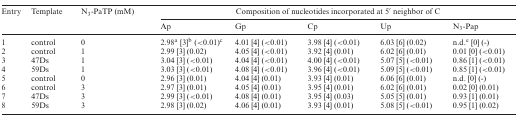
<table><thead><tr><td><b>Entry</b></td><td><b>Template</b></td><td><b>N<sub>3</sub>-PaTP (mM)</b></td><td colspan="5"><b>Composition of nucleotides incorporated at 5′ neighbor of C</b></td></tr><tr><td></td><td></td><td></td><td><b>Ap</b></td><td><b>Gp</b></td><td><b>Cp</b></td><td><b>Up</b></td><td><b>N<sub>3</sub>-Pap</b></td></tr></thead><tbody><tr><td>1</td><td>control</td><td>0</td><td>2.98<sup>a</sup> [3]<sup>b</sup> (&lt;0.01)<sup>c</sup></td><td>4.01 [4] (&lt;0.01)</td><td>3.98 [4] (&lt;0.01)</td><td>6.03 [6] (0.02)</td><td>n.d.<sup>e</sup> [0] (-)</td></tr><tr><td>2</td><td>control</td><td>1</td><td>2.99 [3] (0.02)</td><td>4.05 [4] (&lt;0.01)</td><td>3.92 [4] (0.01)</td><td>6.02 [6] (0.01)</td><td>0.01 [0] (&lt;0.01)</td></tr><tr><td>3</td><td>47Ds</td><td>1</td><td>3.04 [3] (&lt;0.01)</td><td>4.04 [4] (&lt;0.01)</td><td>4.00 [4] (&lt;0.01)</td><td>5.07 [5] (&lt;0.01)</td><td>0.86 [1] (&lt;0.01)</td></tr><tr><td>4</td><td>59Ds</td><td>1</td><td>3.03 [3] (&lt;0.01)</td><td>4.08 [4] (&lt;0.01)</td><td>3.96 [4] (&lt;0.01)</td><td>5.09 [5] (&lt;0.01)</td><td>0.85 [1] (&lt;0.01)</td></tr><tr><td>5</td><td>control</td><td>0</td><td>2.96 [3] (0.01)</td><td>4.04 [4] (0.01)</td><td>3.93 [4] (0.01)</td><td>6.06 [6] (0.01)</td><td>n.d. [0] (-)</td></tr><tr><td>6</td><td>control</td><td>3</td><td>2.97 [3] (0.01)</td><td>4.05 [4] (0.01)</td><td>3.95 [4] (0.01)</td><td>6.02 [6] (0.01)</td><td>0.02 [0] (0.01)</td></tr><tr><td>7</td><td>47Ds</td><td>3</td><td>2.99 [3] (&lt;0.01)</td><td>4.08 [4] (0.01)</td><td>3.95 [4] (0.03)</td><td>5.05 [5] (0.01)</td><td>0.93 [1] (0.01)</td></tr><tr><td>8</td><td>59Ds</td><td>3</td><td>2.98 [3] (0.02)</td><td>4.06 [4] (0.01)</td><td>3.93 [4] (0.01)</td><td>5.08 [5] (&lt;0.01)</td><td>0.95 [1] (0.02)</td></tr></tbody></table>